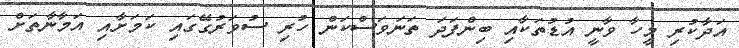
އަދާކުރި މީހާ ވާނީ އުޑުތަކާއި ބިންފަދަ ތަނަވަސްކަން ހުރި ސުވަރުގޭގައި ކަމަށާއި އަމާނާތަށް